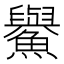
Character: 𩼹